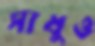
সাধুও